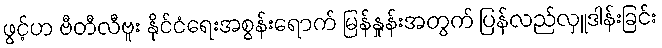
ဖွင့်ဟ ဗီတီလီဗူး နိုင်ငံရေးအစွန်းရောက် မြန်နှုန်းအတွက် ပြန်လည်လှူဒါန်းခြင်း